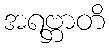
အရဗ္ဘာတိ